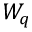
W _ { q }